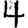
Digit: 4